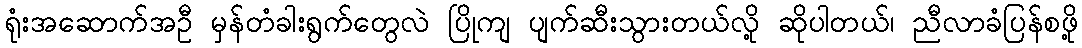
ရုံးအဆောက်အဦ မှန်တံခါးရွက်တွေလဲ ပြိုကျ ပျက်ဆီးသွားတယ်လို့ ဆိုပါတယ်၊ ညီလာခံပြန်စဖို့